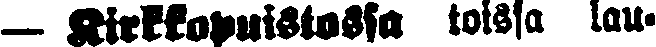
— Kirkkopuistossa toissa lau-